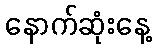
နောက်ဆုံးနေ့